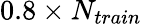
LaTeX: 0.8\times N_{train}